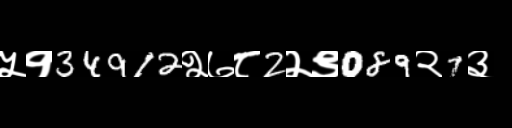
Text: ५१34912२७८2२९089२7३